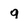
Character: q